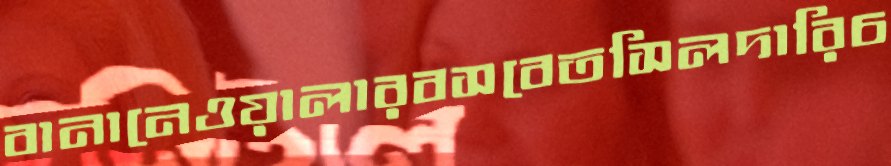
বানানেওয়ালারবসবেতসিলদারিচ